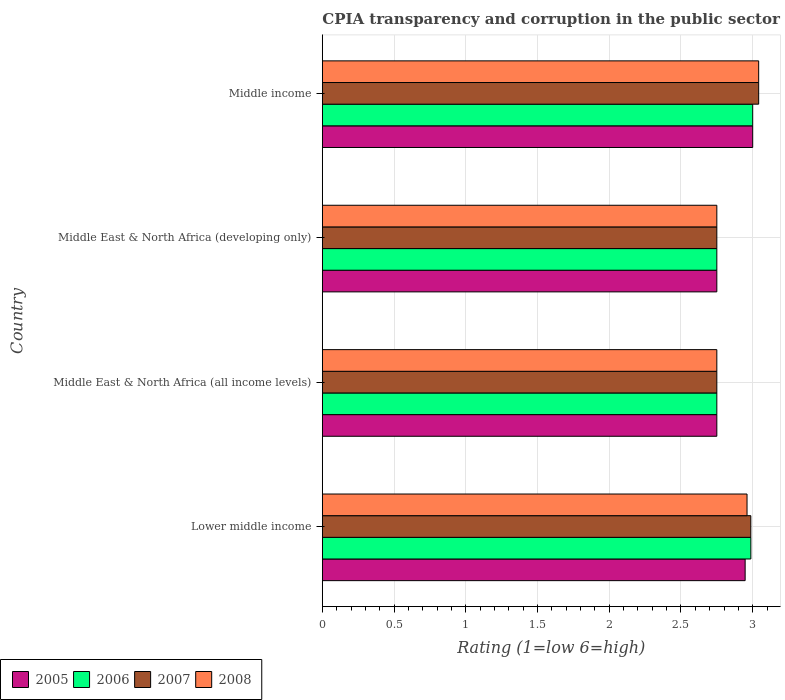
| Country | 2005 | 2006 | 2007 | 2008 |
 | --- | --- | --- | --- | --- |
 | Lower middle income | 2.95 | 2.99 | 2.99 | 2.96 |
 | Middle East & North Africa (all income levels) | 2.75 | 2.75 | 2.75 | 2.75 |
 | Middle East & North Africa (developing only) | 2.75 | 2.75 | 2.75 | 2.75 |
 | Middle income | 3 | 3 | 3.04 | 3.04 |